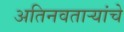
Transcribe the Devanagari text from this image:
अतिनवताऱ्यांचे